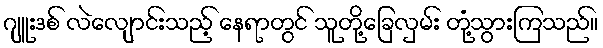
ဂျူးဒစ် လဲလျောင်းသည့် နေရာတွင် သူတို့ခြေလှမ်း တုံ့သွားကြသည်။